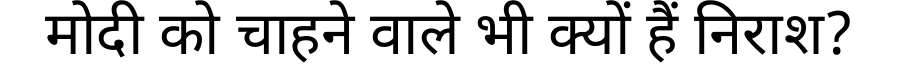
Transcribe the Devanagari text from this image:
मोदी को चाहने वाले भी क्यों हैं निराश?